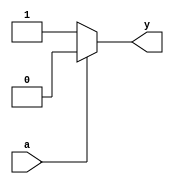
module cmos_not_gate(
    input wire a,
    output reg y
);

always @ (a)
begin
    if (a == 0)
        y <= 1;
    else
        y <= 0;
end

endmodule